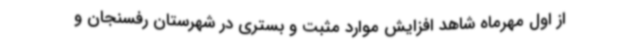
از اول مهرماه شاهد افزایش موارد مثبت و بستری در شهرستان رفسنجان و